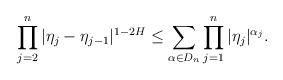
LaTeX: \begin{align*}\prod_{j=2}^{n}|\eta_j-\eta_{j-1}|^{1-2H} \leq \sum_{\alpha \in D_n}\prod_{j=1}^{n}|\eta_j|^{\alpha_j}. \end{align*}